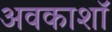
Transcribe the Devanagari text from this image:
अवकाशॉ